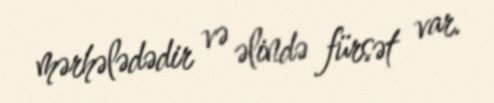
mərhələdədir və əlində fürsət var.